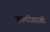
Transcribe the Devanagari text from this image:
झालरीसारखी